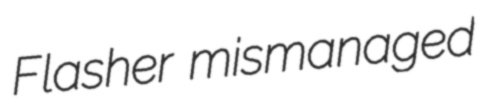
Flasher mismanaged